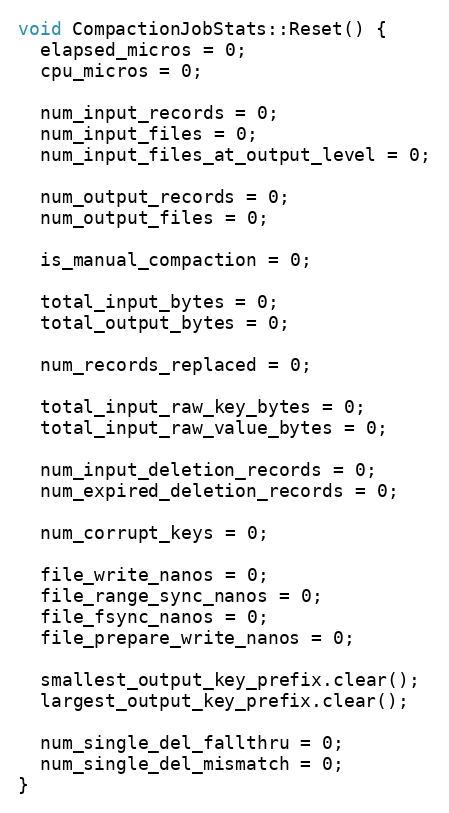
Language: C++
void CompactionJobStats::Reset() {
  elapsed_micros = 0;
  cpu_micros = 0;

  num_input_records = 0;
  num_input_files = 0;
  num_input_files_at_output_level = 0;

  num_output_records = 0;
  num_output_files = 0;

  is_manual_compaction = 0;

  total_input_bytes = 0;
  total_output_bytes = 0;

  num_records_replaced = 0;

  total_input_raw_key_bytes = 0;
  total_input_raw_value_bytes = 0;

  num_input_deletion_records = 0;
  num_expired_deletion_records = 0;

  num_corrupt_keys = 0;

  file_write_nanos = 0;
  file_range_sync_nanos = 0;
  file_fsync_nanos = 0;
  file_prepare_write_nanos = 0;

  smallest_output_key_prefix.clear();
  largest_output_key_prefix.clear();

  num_single_del_fallthru = 0;
  num_single_del_mismatch = 0;
}